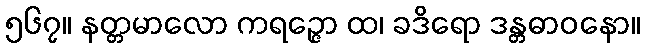
၅၆၇။ နတ္တမာလော ကရဉ္ဇော ထ၊ ခဒိရော ဒန္တဓာဝနော။